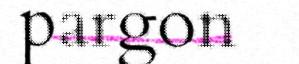
pargon